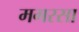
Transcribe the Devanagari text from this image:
मगरसा